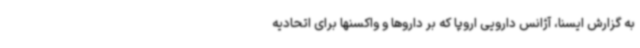
به گزارش ایسنا، آژانس دارویی اروپا که بر داروها و واکسنها برای اتحادیه